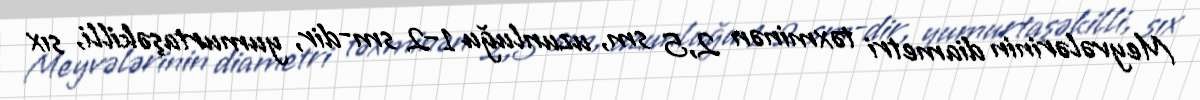
Meyvələrinin diametri təxminən 2,5 sm, uzunluğu 1–2 sm-dir, yumurtaşəkilli, sıx